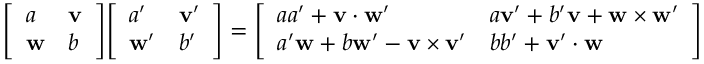
{ \left[ \begin{array} { l l } { a } & { \mathbf { v } } \\ { \mathbf { w } } & { b } \end{array} \right] } { \left[ \begin{array} { l l } { a ^ { \prime } } & { \mathbf { v } ^ { \prime } } \\ { \mathbf { w } ^ { \prime } } & { b ^ { \prime } } \end{array} \right] } = { \left[ \begin{array} { l l } { a a ^ { \prime } + \mathbf { v } \cdot \mathbf { w } ^ { \prime } } & { a \mathbf { v } ^ { \prime } + b ^ { \prime } \mathbf { v } + \mathbf { w } \times \mathbf { w } ^ { \prime } } \\ { a ^ { \prime } \mathbf { w } + b \mathbf { w } ^ { \prime } - \mathbf { v } \times \mathbf { v } ^ { \prime } } & { b b ^ { \prime } + \mathbf { v } ^ { \prime } \cdot \mathbf { w } } \end{array} \right] }